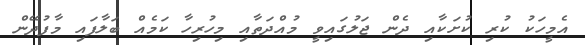
އެމީހަކު ކުރި ކުށަކާއި ދެން ޖަލުގައިވީ މުއްދަތާއި މިހުރިހާ ކަމެއް ބަލާފައި މާފުދޭން